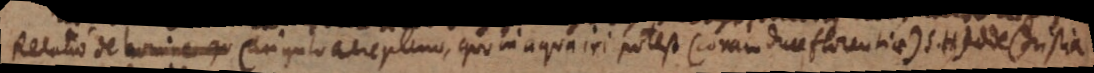
Relatio de homine qu Cingulo aere pleno, quo in aqua iri potest (coram duce Florentiae) S.H) adde Christia